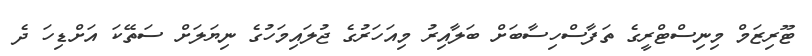
ޓޫރިޒަމް މިނިސްޓްރީގެ ތަފާސްހިސާބަށް ބަލާއިރު މިއަހަރުގެ ޖުލައިމަހުގެ ނިޔަލަށް ސަތޭކަ އަށްޑިހަ ދެ